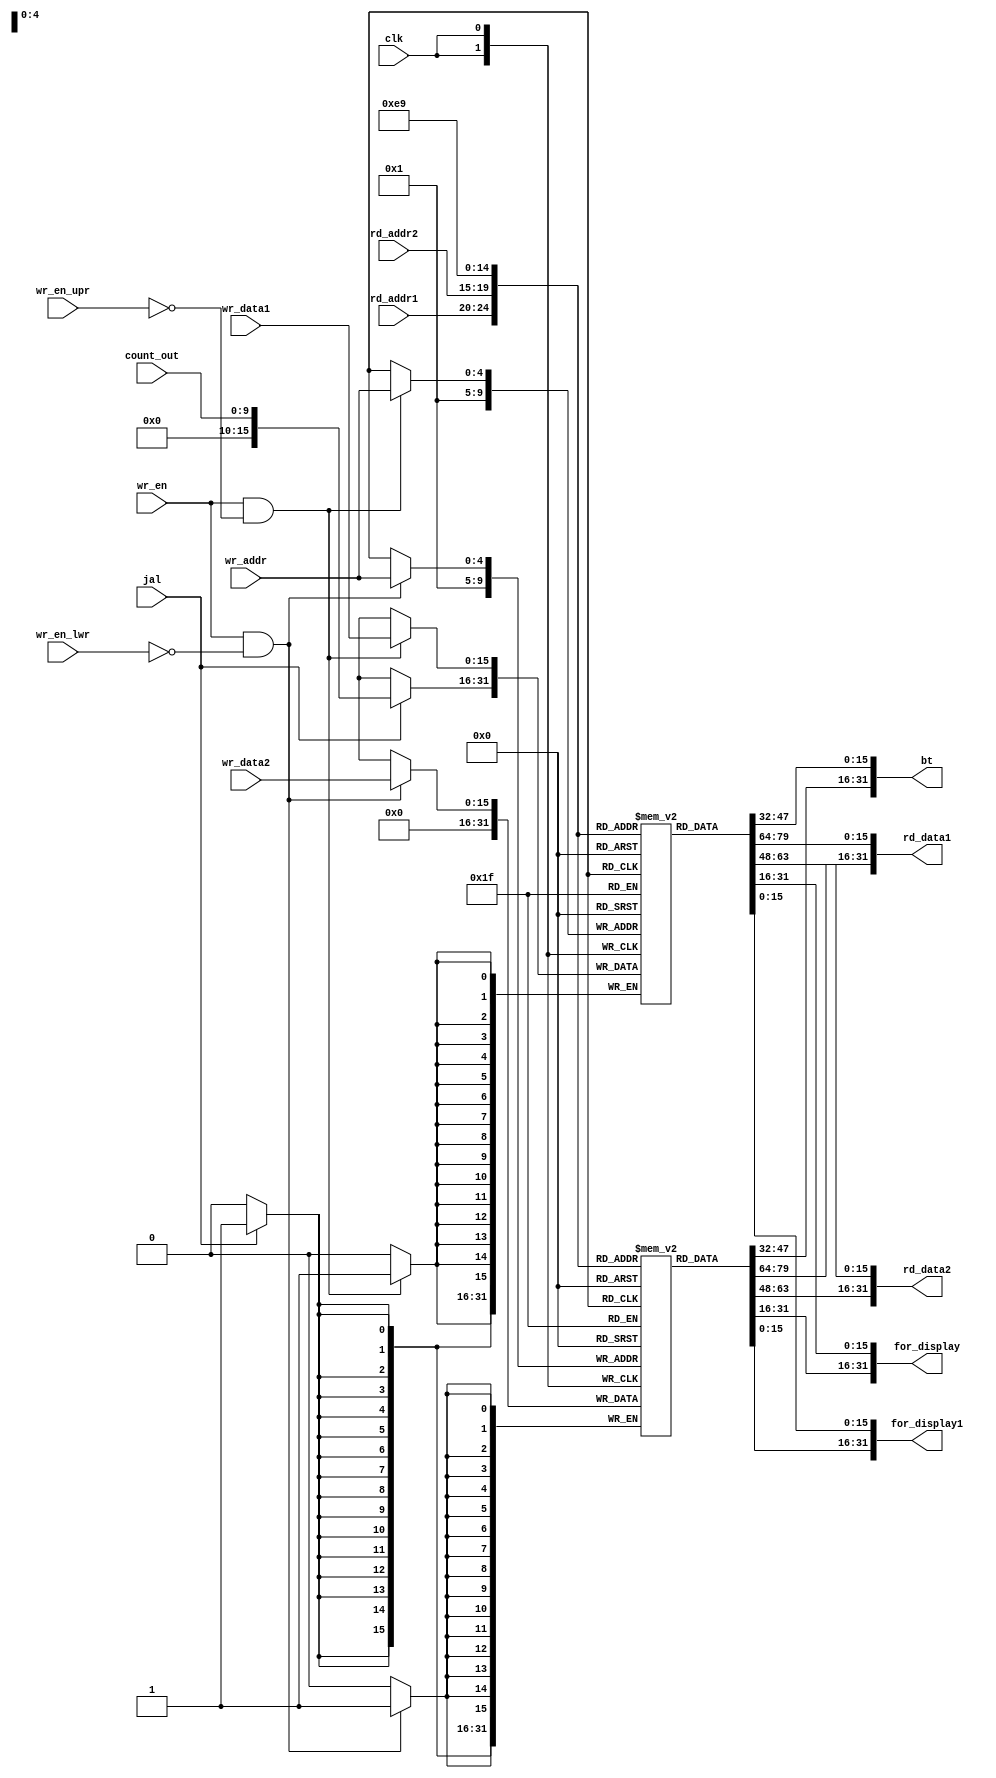

module reg_file(
		input 			clk,
		input 	[4:0]	rd_addr1,
		input	[4:0]	rd_addr2,
		input wr_en,
		input	[4:0]	wr_addr,
		input			wr_en_upr,
		input wr_en_lwr,
		input	[15:0]	wr_data1,
    input	[15:0]	wr_data2,
  		input [9:0]count_out,
  		input jal,
  		output [31:0]bt,
		output	 [31:0]	rd_data1,
		output	 [31:0]	rd_data2,
		output  [31:0]for_display,
		output  [31:0]for_display1

);


reg [15:0] regs1[0:31];
reg [15:0] regs2[0:31];
reg and1;//for upr
reg and2;//for lwr
//upr write enbl
always@(*)
and1= wr_en & ~wr_en_lwr;
//lwr write enbl
always@(*)
and2= wr_en & ~wr_en_upr;
//lower 16 bits
always@(posedge clk)
begin
	
	if(and2)	regs1[wr_addr] <= #1 wr_data1;
  if (jal)
    regs1[1] <=#1 {6'd0,count_out};
end
//	upper 16 bits
always@(posedge clk)
begin
	if(and1)	regs2[wr_addr] <= #1 wr_data2;
	  if (jal)
    regs2[1] <= #1 0;
end	
//data read
assign	rd_data1 = {regs2[rd_addr1],regs1[rd_addr1]};
assign 	rd_data2 ={regs2[rd_addr2],regs1[rd_addr2]};
assign bt={regs2[0],regs1[0]};
assign for_display={regs2[7],regs1[7]};
assign for_display1={regs2[9],regs1[9]};
endmodule